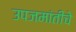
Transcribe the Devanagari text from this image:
उपजमांतीचे